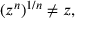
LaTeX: ( z ^ { n } ) ^ { 1 / n } \neq z ,